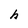
Character: h